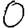
Digit: 0